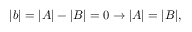
| b | = | A | - | B | = 0 \rightarrow | A | = | B | ,